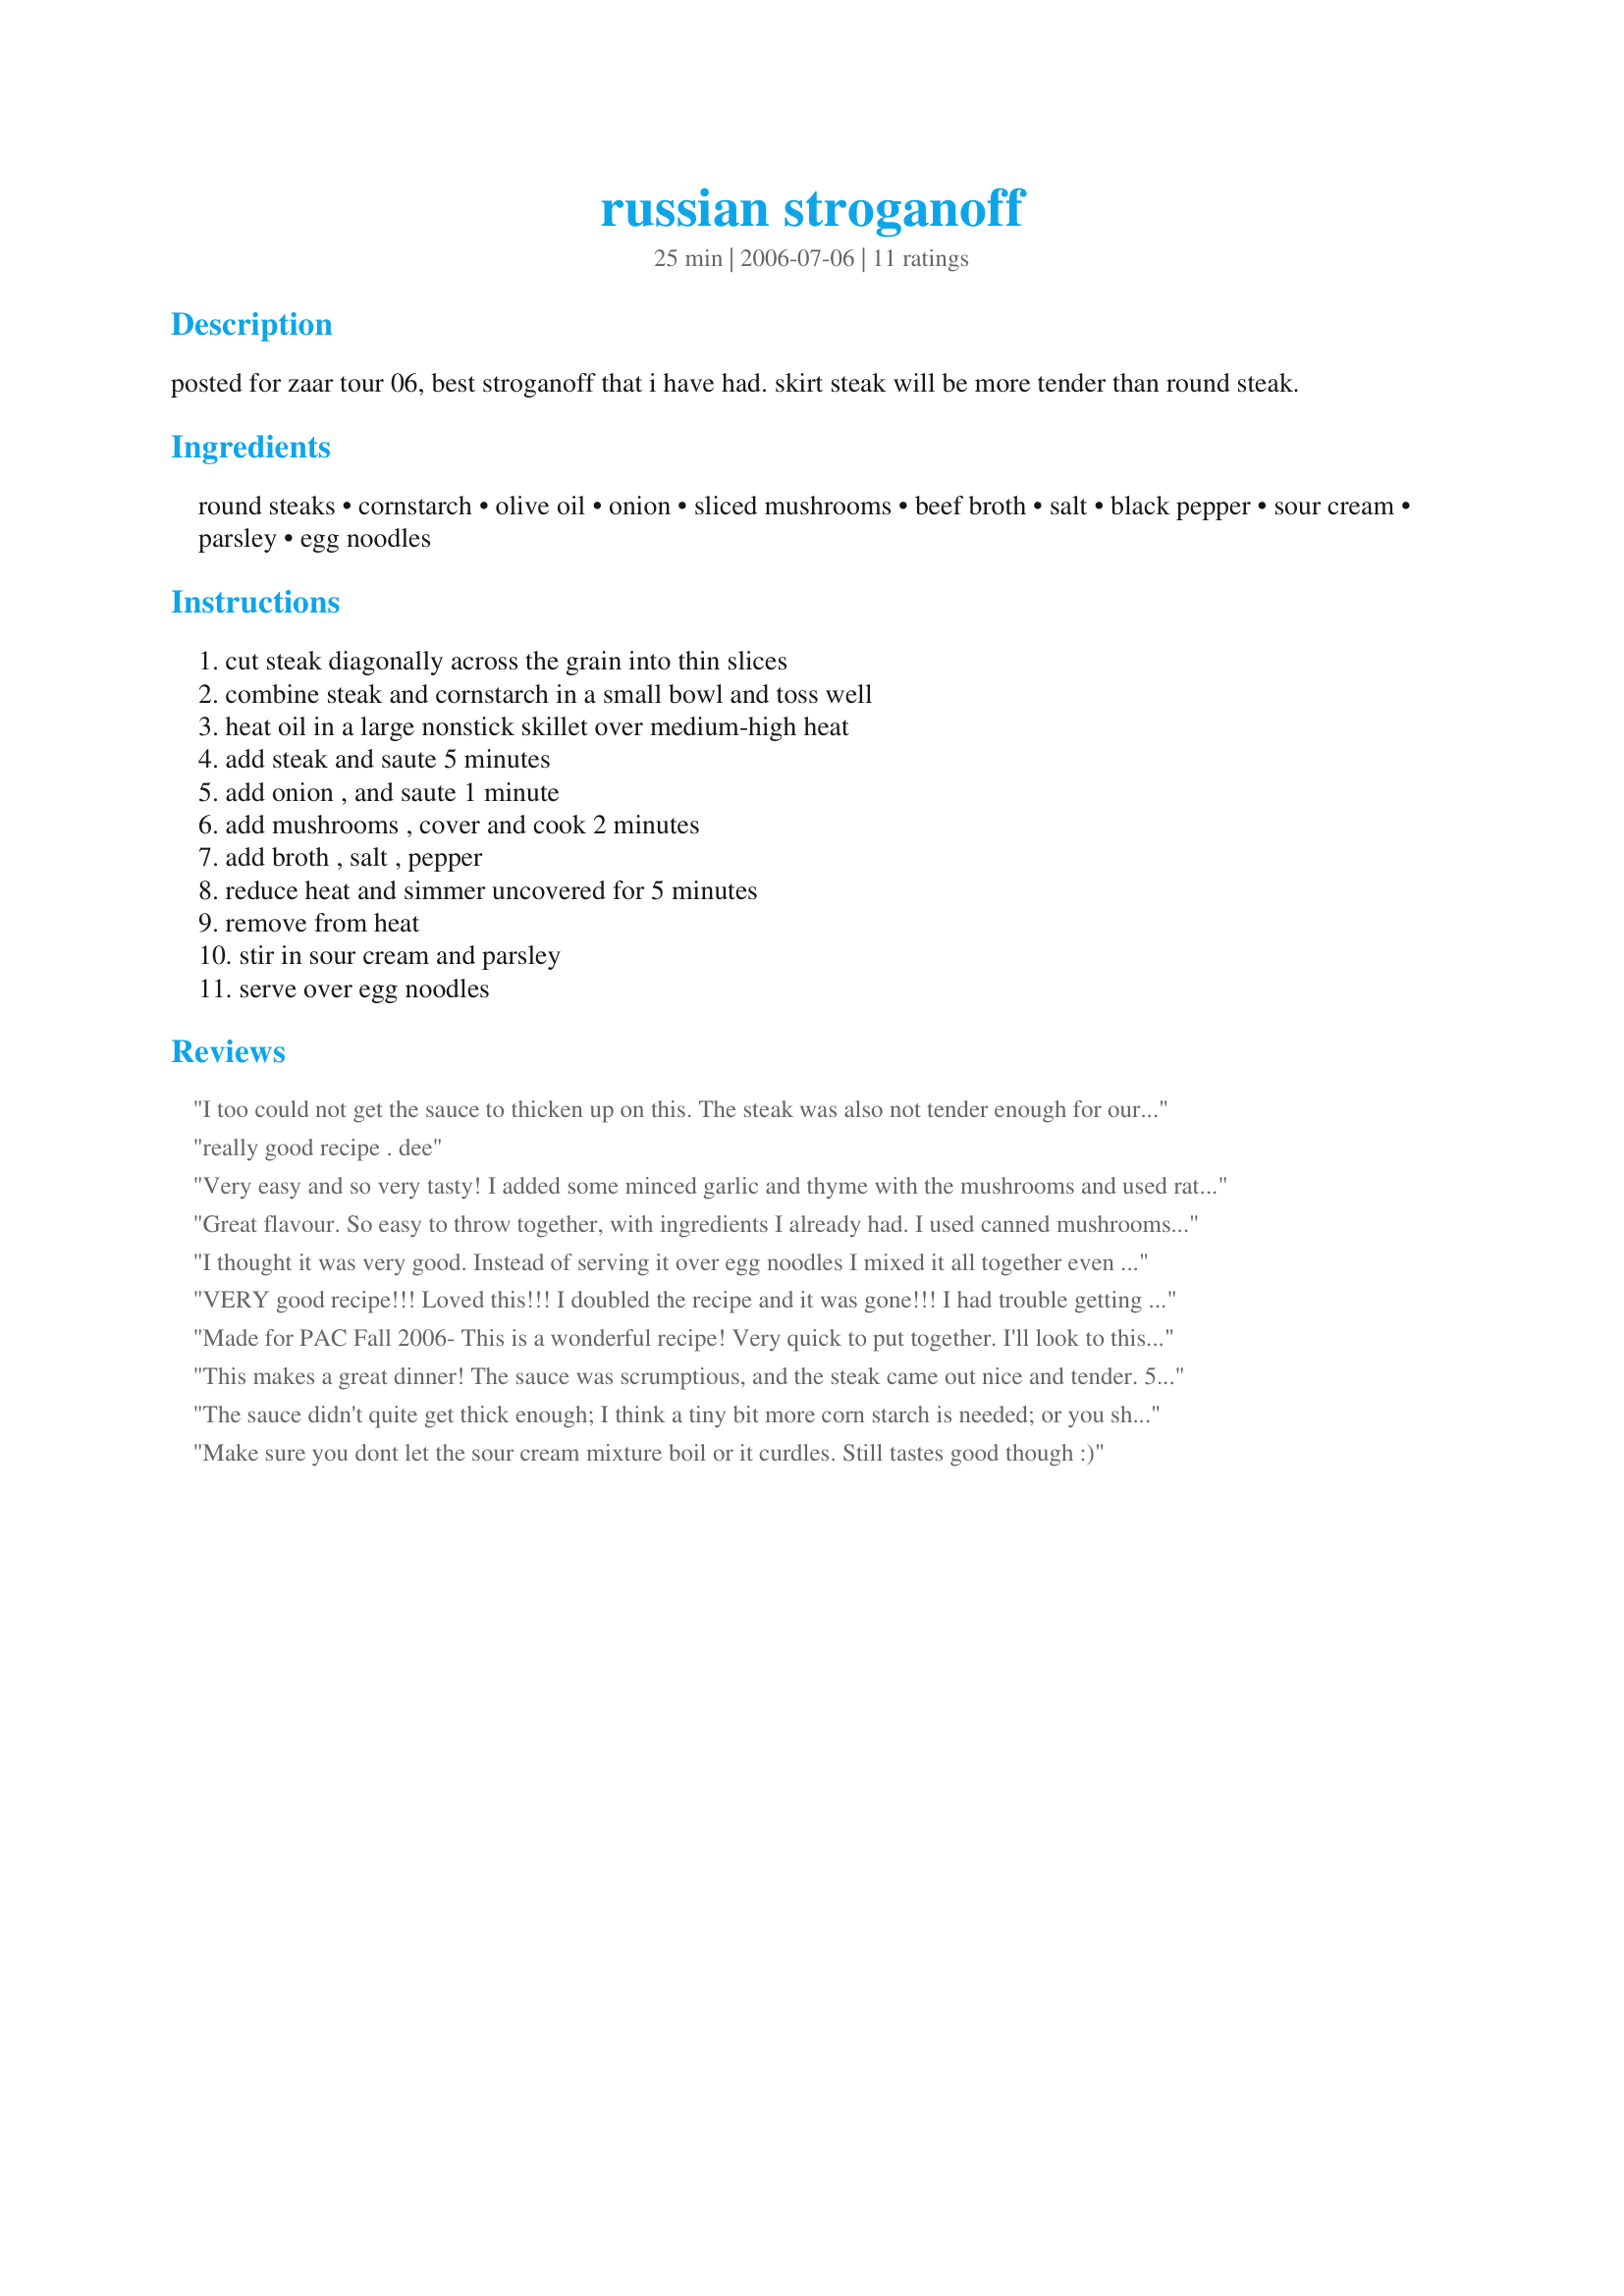
russian stroganoff
Preparation time: 25 minutes

posted for zaar tour 06, best stroganoff that i have had. skirt steak will be more tender than round steak.

Ingredients:
round steaks, cornstarch, olive oil, onion, sliced mushrooms, beef broth, salt, black pepper, sour cream, parsley, egg noodles

Steps:
cut steak diagonally across the grain into thin slices, combine steak and cornstarch in a small bowl and toss well, heat oil in a large nonstick skillet over medium-high heat, add steak and saute 5 minutes, add onion , and saute 1 minute, add mushrooms , cover and cook 2 minutes, add broth , salt , pepper, reduce heat and simmer uncovered for 5 minutes, remove from heat, stir in sour cream and parsley, serve over egg noodles

Reviews:
I too could not get the sauce to thicken up on this. The steak was also not tender enough for our tastes. The sauce had good flavor though. I will probably just stick to my regular stroganoff recipe. Thanks for sharing.
 really good recipe . dee
Very easy and so very tasty! I added some minced garlic and thyme with the mushrooms and used rather more mushrooms than specified, as I l-o-v-e all of these, so I then added a couple of generous dollops of Greek yoghurt to the sour cream. Delicious! I'll be making this again! Thanks for sharing!


Great flavour. So easy to throw together, with ingredients I already had. I used canned mushrooms, I didn't have any fresh. Love it!
I thought it was very good. Instead of serving it over egg noodles I mixed it all together even my picky daughter liked it.
VERY good recipe!!! Loved this!!! I doubled the recipe and it was gone!!! I had trouble getting the sauce to thinken up but I added a bit more cornstarch and it worked perfectly!! Thanks for posting
Made for PAC Fall 2006- This is a wonderful recipe! Very quick to put together. I'll look to this recipe for those nights I am running short on time, but craving comfort food. DH thought it was just great, we especially liked the sauce-Yum. Served over whole wheat egg noodles, this is a keeper. Nick's Mom
This makes a great dinner! The sauce was scrumptious, and the steak came out nice and tender. 5***** for sure! Thanks for posting this recipe, we will enjoy it again :)
The sauce didn't quite get thick enough; I think a tiny bit more corn starch is needed; or you should just follow the directions to make an actual gravy first instead of just coating the meat with it. Also, I used round steak and it was way too tough for this recipe! I would recommend splurging and getting a nice tender filet, or tenderloin, and slicing it. The only way round steak will be truly tender is if you stew it for 2-3 hours. Recipe may be okay but needs some major tweaks.
Make sure you dont let the sour cream mixture boil or it curdles. Still tastes good though :)
Tasted just great. Just like my moms. It was so quick and easy to make! Thanks for postiing.
